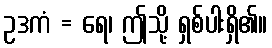
ဥဒကံ = ရေ၊ ဤသို့ ရှစ်ပါးရှိ၏။